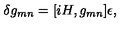
\delta g _ { m n } = [ i H , g _ { m n } ] \epsilon ,